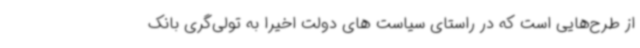
از طرح‌هایی است که در راستای سیاست های دولت اخیرا به تولی‌گری بانک